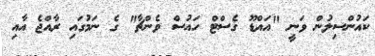
ކައުންސިލުން ވަނީ "އައްޑޫ ގެސްޓް ހައުސް ވެންޗާ" ގެ ނަމުގައި ރާއްޖެ އާއި